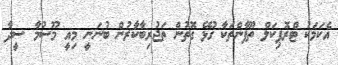
އެކަމަކު ޓްރޮޕިކަލް ތޫފާންތަކާ ގުޅޭ ގޮތުން ތަޖުރިބާކާރުން ބުނަނީ މިއީ މޫސުމާ ސީދާ